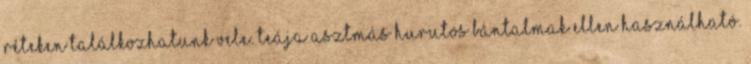
réteken találkozhatunk vele. Teája asztmás hurutos bántalmak ellen használható.